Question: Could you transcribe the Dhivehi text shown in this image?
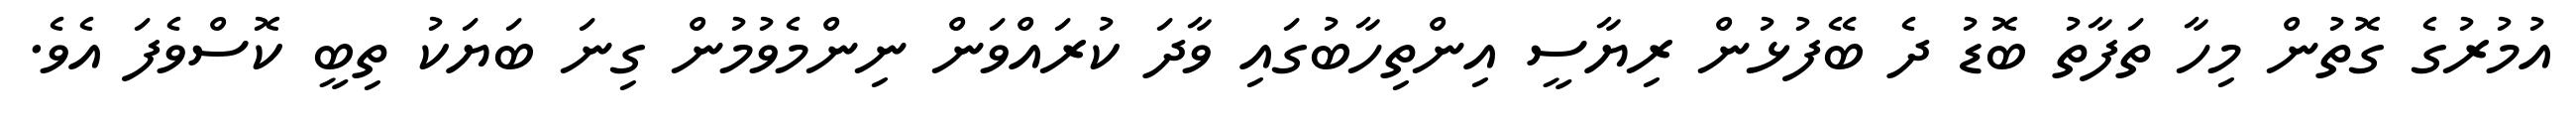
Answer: އުމުރުގެ ގޮތުން މިހާ ތަފާތު ބޮޑު ދެ ބޭފުޅުން ރިޔާސީ އިންތިހާބުގައި ވާދަ ކުރައްވަން ނިންމެވުމުން ގިނަ ބަޔަކު ތިބީ ކޮސްވެފަ އެވެ.